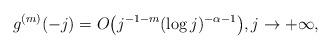
LaTeX: \begin{align*} g ^{(m)} (- j)=O \bigl(j^{-1-m}(\log j)^{-\alpha-1}\bigr), j \to+\infty,\end{align*}